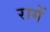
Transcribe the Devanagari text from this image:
रागें